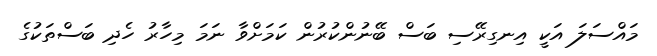
މައްސަލަ އަކީ އިނގިރޭސި ބަސް ބޭނުންކުރުން ކަމަށްވާ ނަމަ މިހާރު ހެދި ބަސްތަކުގެ